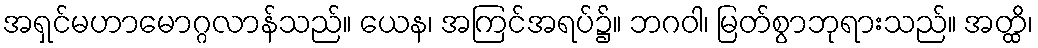
အရှင်မဟာမောဂ္ဂလာန်သည်။ ယေန၊ အကြင်အရပ်၌။ ဘဂဝါ၊ မြတ်စွာဘုရားသည်။ အတ္ထိ၊